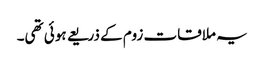
یہ ملاقات زوم کے ذریعے ہوئی تھی۔